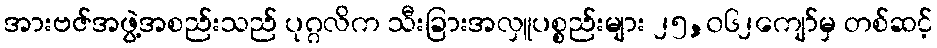
အားဗဇ်အဖွဲ့အစည်းသည် ပုဂ္ဂလိက သီးခြားအလှူပစ္စည်းများ ၂၅,၀၆၂ကျော်မှ တစ်ဆင့်